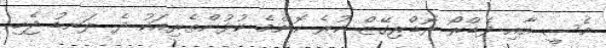
މެސީ އާއި ފެޑްރޯ ރޮޑްރިގޭޒް ކުރެ ކޮންމެ ކުޅުންތެރިއަކު ދެ ލަނޑު ޖެހި